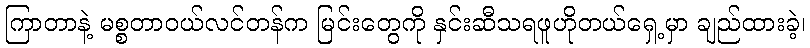
ကြာတာနဲ့ မစ္စတာဝယ်လင်တန်က မြင်းတွေကို နှင်းဆီသရဖူဟိုတယ်ရှေ့မှာ ချည်ထားခဲ့၊